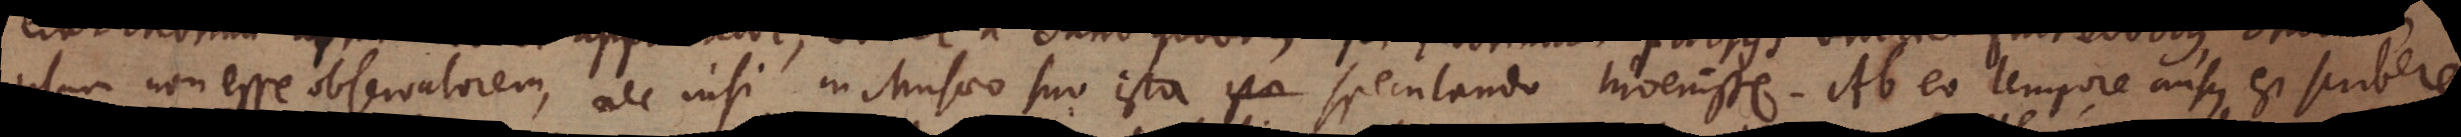
ipsum non esse observatorem, nec nisi in Musaeo suo ista speculando invenisse. Ab eo tempore ausus est scribere